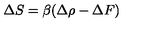
\Delta S = \beta ( \Delta \rho - \Delta F )